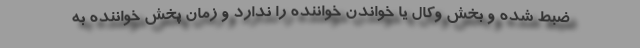
ضبط شده و بخش وکال یا خواندن خواننده را ندارد و زمان پخش خواننده به